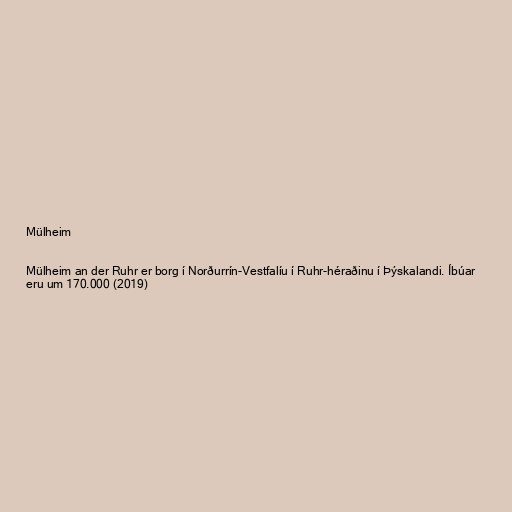
Mülheim

Mülheim an der Ruhr er borg í Norðurrín-Vestfalíu í Ruhr-héraðinu í Þýskalandi. Íbúar
eru um 170.000 (2019)